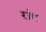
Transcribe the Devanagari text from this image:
रांव